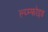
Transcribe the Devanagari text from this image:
ल्य्म्फोइड